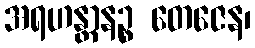
အရဟန္တာနဉ္စ တေဇေန၊